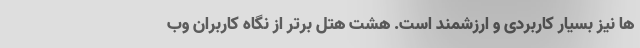
ها نیز بسیار کاربردی و ارزشمند است. هشت هتل برتر از نگاه کاربران وب